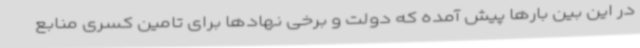
در این بین بارها پیش آمده که دولت و برخی نهادها برای تامین کسری منابع